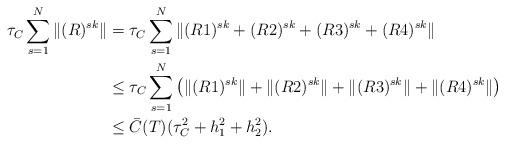
LaTeX: \begin{align*} \tau_C\sum^{N}_{s=1}\|(R)^{sk}\|&= \tau_C\sum^{N}_{s=1}\|(R1)^{sk}+(R2)^{sk}+(R3)^{sk}+(R4)^{sk}\| \\ &\leq \tau_C\sum^{N}_{s=1}\left(\|(R1)^{sk}\|+\|(R2)^{sk}\|+\|(R3)^{sk}\|+\|(R4)^{sk}\|\right)\\ &\leq \bar{C}(T)(\tau_C^2+h_1^2+h_2^2). \end{align*}